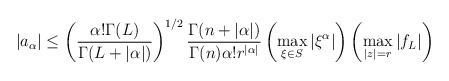
\begin{align*}|a_{\alpha}|\leq \left(\frac{\alpha!\Gamma(L)}{\Gamma(L+|\alpha|)}\right)^{1/2}\frac{\Gamma(n+|\alpha|)}{\Gamma(n)\alpha!r^{|\alpha|}} \left(\max_{\xi\in S}|\xi^{\alpha}|\right) \left(\max_{|z|=r}|f_L|\right)\end{align*}